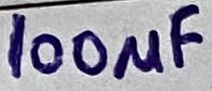
Text: 100µF